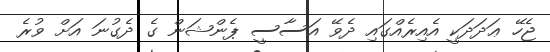
ޖެހޭ ޢަދަދަކީ އެއިރެއްގައި ދެވޭ އަސާސީ ޕެންޝަން ގެ ދެގުނަ އަށް ވުރެ